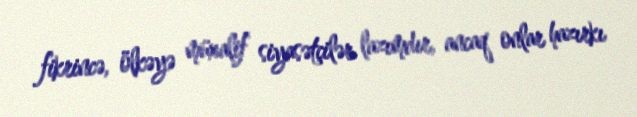
fikrincə, ölkəyə müxalif siyasətçilər lazımdır, ancaq onlar hazırkı